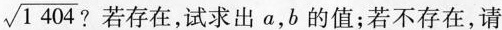
\sqrt { 1 4 0 4 }$$？ 若存在，试求出a，b的值；若不存在，请